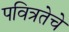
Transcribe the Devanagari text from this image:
पवित्रतेचे